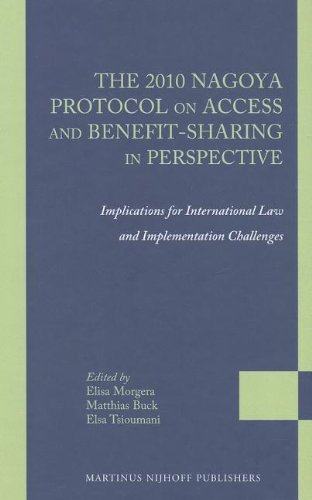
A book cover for The 2010 Nagoya Protocol on Access and Benefit-sharing in Perspective: Implications for International Law and Implementation Challenges (Legal Studies on Access and Benefit-Sharing); Elisa Morgera; Law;